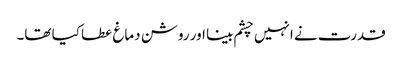
قدرت نے انہیں چشم بینا اور روشن دماغ عطا کیا تھا۔